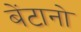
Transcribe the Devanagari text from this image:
बेंटानो